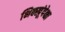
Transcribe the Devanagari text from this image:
भिक्खूंपेक्षा